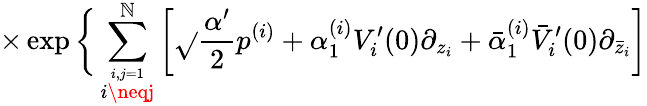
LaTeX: \times\exp\bigg\{ \sum_{\stackrel{i,j=1}{i\neqj}}^{\mathbb{N}}\left[\sqrt{}{{\frac{{\alpha^{\prime}}}{{2}}}}p^{(i)}+\alpha_{1}^{(i)}V_{i}^{\prime}(0)\partial_{z_{i}}+\bar{{\alpha}}_{1}^{(i)}\bar{{V}}_{i}^{\prime}(0)\partial_{\bar{{z}}_{i}}\right]